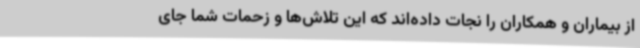
از بیماران و همکاران را نجات داده‌اند که این تلاش‌ها و زحمات شما جای